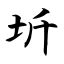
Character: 圻